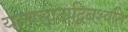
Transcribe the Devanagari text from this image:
यत्प्रसादाद्विनश्यति